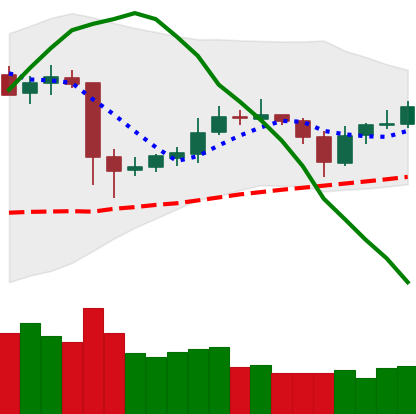
Ticker: ETC-USD
Chart end date: 2020-05-25
Forward return: 9.946%
Label: up_7plus